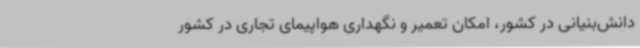
دانش‌بنیانی در کشور، امکان تعمیر و نگهداری هواپیمای تجاری در کشور